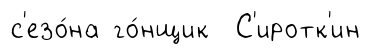
с'езо́на го́нщик С'иротк'ин